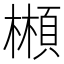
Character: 䫐